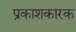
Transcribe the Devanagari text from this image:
प्रकाशकारक